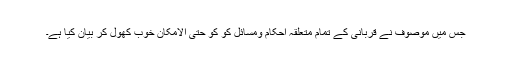
جس میں موصوف نے قربانی کے تمام متعلقہ احکام ومسائل کو کو حتی الامکان خوب کھول کر بیان کیا ہے۔